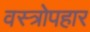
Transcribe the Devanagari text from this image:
वस्त्रोपहार